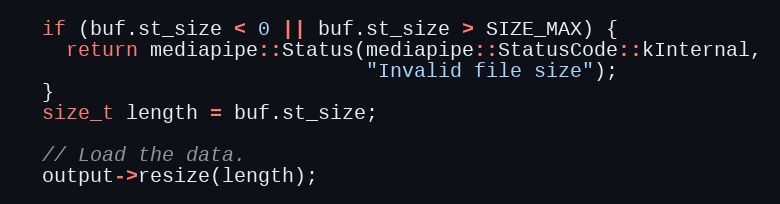
Language: C++
  if (buf.st_size < 0 || buf.st_size > SIZE_MAX) {
    return mediapipe::Status(mediapipe::StatusCode::kInternal,
                             "Invalid file size");
  }
  size_t length = buf.st_size;

  // Load the data.
  output->resize(length);